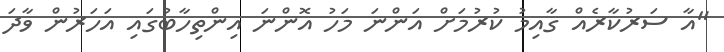
"އާ ސަރުކާރެއް ގާއިމު ކުރުމަށް އަންނަ މަހު އޮންނަ އިންތިހާބުގައި އަހަރުން ވާދަ